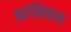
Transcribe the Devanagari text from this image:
ह्यांशिवाय